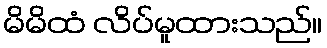
မိမိထံ လိပ်မူထားသည်။